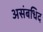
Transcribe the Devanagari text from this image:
असंबधिद